Lunatic asylums Central Provinces reports 1886-1894 - 1886-1894
Year: 1886
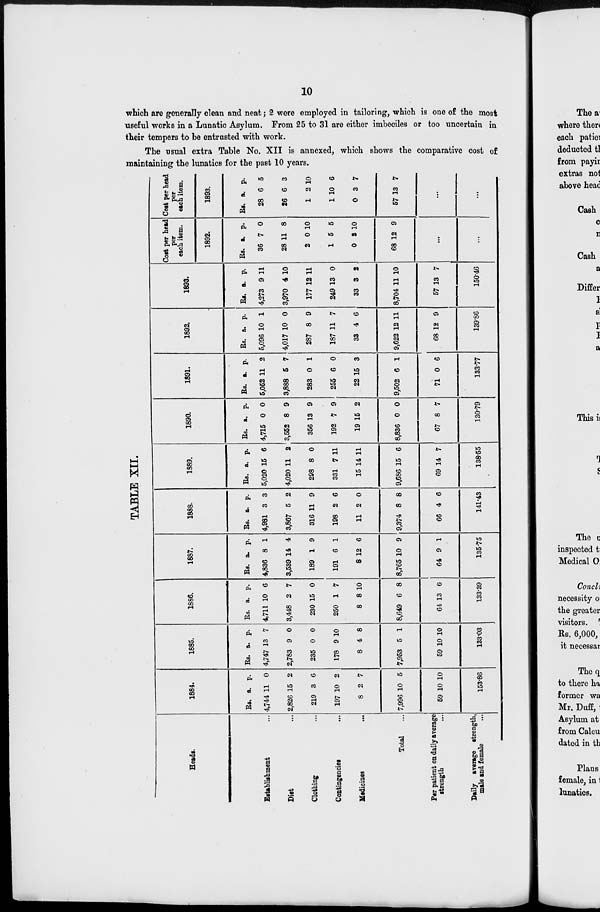
10
which are generally clean and neat; 2 were employed in tailoring, which is one of the most
useful works in a Lunatic Asylum. From 25 to 31 are either imbeciles or too uncertain in
their tempers to be entrusted with work.
The usual extra Table No. XII is annexed, which shows the comparative cost of
maintaining the lunatics for the past 10 years.
TABLE XII.
Heads.
Establishment ...
Diet ...
Clothing ...
Contingencies ...
Medicines ...
Total ...
Per patient on daily average
strength ...
Daily average strength,
male and female ...
1884.
Rs.
4,744
2,826
219
197
8
7,996
59
a.
11
15
3
10
2
10
10
p.
0
2
6
2
7
5
10
153.86
1885.
Rs.
4,747
2,783
235
178
8
7,953
59
a.
13
9
0
9
4
5
10
p.
7
0
0
10
8
1
10
133.03
1886.
Rs.
4,711
3,448
230
250
8
8,649
64
a.
10
2
15
1
8
6
13
p.
6
7
0
7
10
8
6
133.39
1887.
Rs.
4,836
3,539
189
191
8
8,765
64
a.
8
14
1
6
12
10
9
p.
1
4
9
1
6
9
1
135.75
1888.
Rs.
4,981
3,867
316
198
11
9,374
66
a.
3
5
11
2
2
8
4
p.
3
2
9
6
0
8
6
141.43
1889.
Rs.
5,020
4,020
298
331
15
9,686
69
a.
15
11
8
7
14
15
14
p.
6
2
0
11
11
6
7
138.55
1890.
Rs.
4,715
3,552
356
192
19
8,836
67
a.
0
8
13
7
15
0
8
p.
0
9
9
9
2
0
7
130.79
1891.
Rs.
5,052
3,888
283
255
22
9,502
71
a.
11
6
0
6
15
6
0
p.
2
7
1
0
3
1
6
133.77
1892.
Rs.
5,096
4,017
287
187
33
9,622
68
a.
10
10
8
11
4
12
12
p.
1
0
9
7
6
11
9
139.86
1893.
Rs.
4,273
3,970
177
249
33
8,704
57
a.
9
4
12
13
3
11
13
p.
11
10
11
0
2
10
7
150.46
Cost per head
per
each item.
1892.
Rs.
36
28
2
1
0
68
a.
7
11
0
5
3
12
p.
0
8
10
5
10
9
...
...
Cost per head
per
each item.
1893.
Rs.
28
26
1
1
0
57
a.
6
6
2
10
3
13
p.
5
3
10
6
7
7
...
...